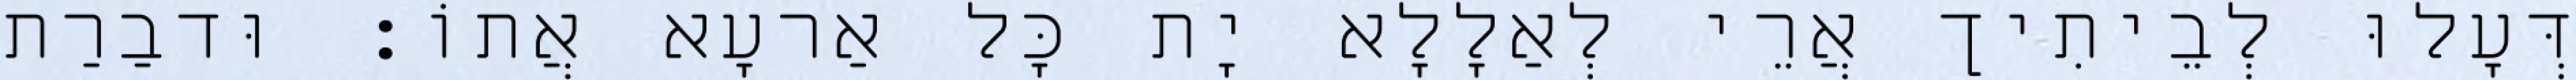
דְּעָלוּ לְבֵיתִיך אֲרֵי לְאַלָלָא יָת כָּל אַרעָא אֲתוֹ׃ וּדבַרַת